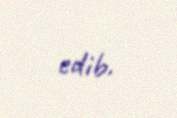
edib.